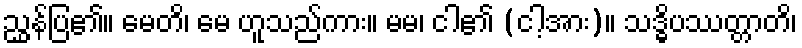
ညွှန်ပြ၏။ မေတိ၊ မေ ဟူသည်ကား။ မမ၊ ငါ၏ (ငါ့အား)။ သဒ္ဓိပဿတ္တာတိ၊